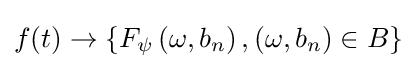
f(t)\rightarrow \left\{F_{\psi }\left(\omega ,b_{n}\right),\left(\omega ,b_{n}\right)\in B\right\}